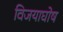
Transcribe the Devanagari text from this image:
विजयाघोष